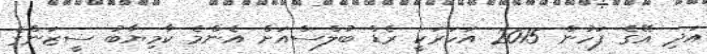
އަދި އޭގެ ފަހުން 2015 އަހަރަކީ ރެޑް ބުލްސްއަށް އެންމެ ކާމިޔާބު ސީޒަންގެ